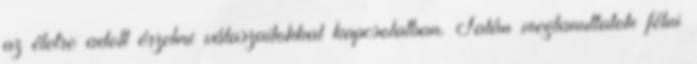
az életre adott érzelmi válaszaitokkal kapcsolatban. Talán megtanultatok félni